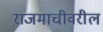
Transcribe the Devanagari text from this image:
राजमाचीवरील